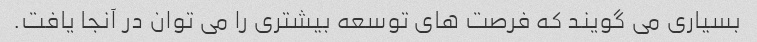
بسیاری می گویند که فرصت های توسعه بیشتری را می توان در آنجا یافت.